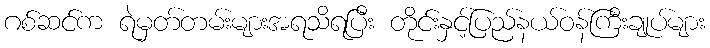
ဂစ်ဆင်က ရဲမှတ်တမ်းများအရသိရပြီး တိုင်းနှင့်ပြည်နယ်ဝန်ကြီးချုပ်များ